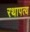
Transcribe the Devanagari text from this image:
रथापत्य